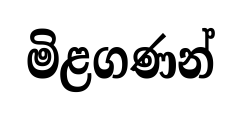
මිළගණන්